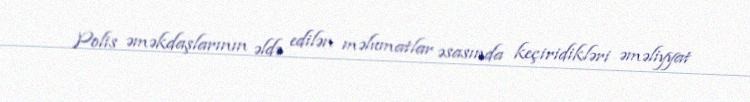
Polis əməkdaşlarının əldə edilən məlumatlar əsasında keçiridikləri əməliyyat